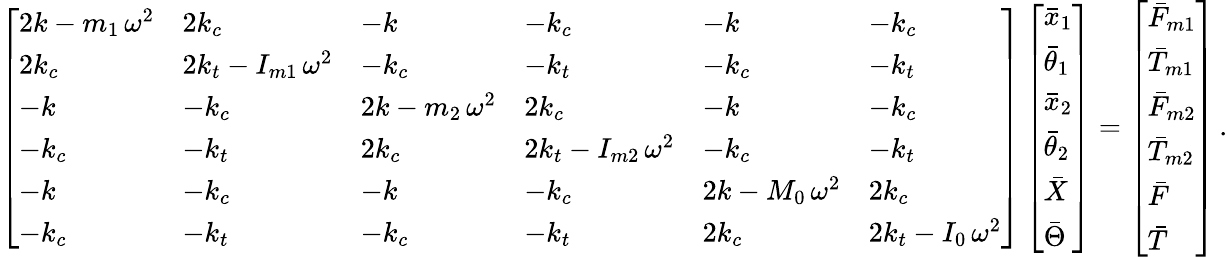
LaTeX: \left[\begin{array}{llllll}{2k-m_{1}\, \omega^{2}}&{2k_{c}}&{-k}&{-k_{c}}&{-k}&{-k_{c}}\\ {2k_{c}}&{2k_{t}-I_{m1}\, \omega^{2}}&{-k_{c}}&{-k_{t}}&{-k_{c}}&{-k_{t}}\\ {-k}&{-k_{c}}&{2k-m_{2}\, \omega^{2}}&{2k_{c}}&{-k}&{-k_{c}}\\ {-k_{c}}&{-k_{t}}&{2k_{c}}&{2k_{t}-I_{m2}\, \omega^{2}}&{-k_{c}}&{-k_{t}}\\ {-k}&{-k_{c}}&{-k}&{-k_{c}}&{2k-M_{0}\, \omega^{2}}&{2k_{c}}\\ {-k_{c}}&{-k_{t}}&{-k_{c}}&{-k_{t}}&{2k_{c}}&{2k_{t}-I_{0}\, \omega^{2}}\end{array}\right]\left[\begin{array}{l}{\bar{x}_{1}}\\ {\bar{\theta}_{1}}\\ {\bar{x}_{2}}\\ {\bar{\theta}_{2}}\\ {\bar{X}}\\ {\bar{\Theta}}\end{array}\right]=\left[\begin{array}{l}{\bar{F}_{m1}}\\ {\bar{T}_{m1}}\\ {\bar{F}_{m2}}\\ {\bar{T}_{m2}}\\ {\bar{F}}\\ {\bar{T}}\end{array}\right]\, .